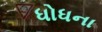
ધોધના